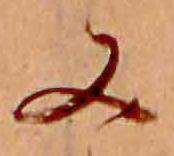
又